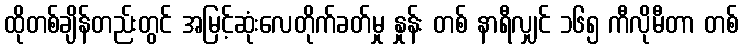
ထိုတစ်ချိန်တည်းတွင် အမြင့်ဆုံးလေတိုက်ခတ်မှု နှုန်း တစ် နာရီလျှင် ၁၆၅ ကီလိုမီတာ တစ်